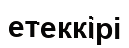
етеккірі